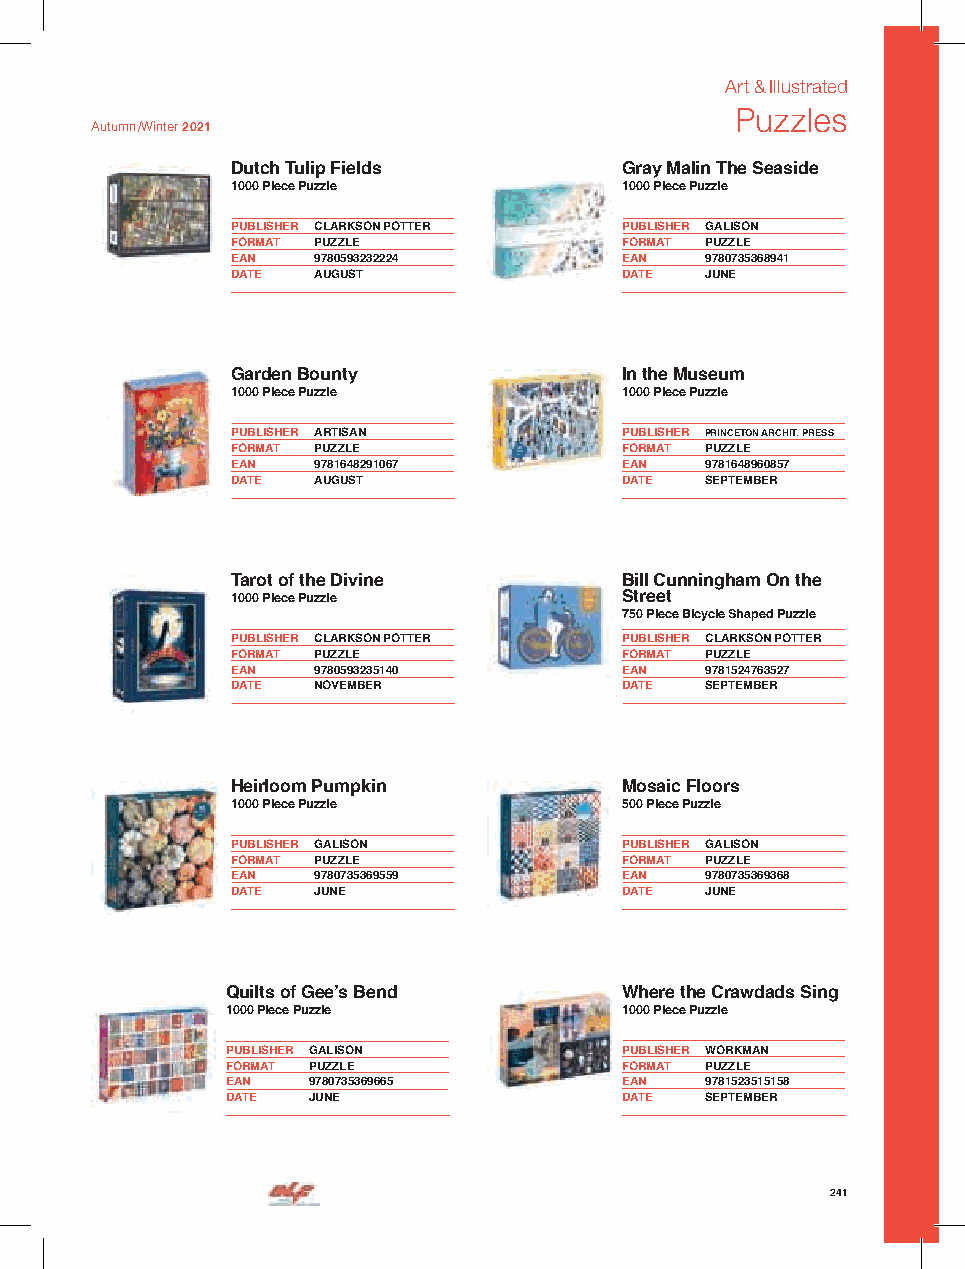
Art & Illustrated
 Puzzles
 Autumn /Winter 2021
 Dutch Tulip Fields        Gray Malin The Seaside
 1000 Piece Puzzle         1000 Piece Puzzle
 PUBLISHER CLARKSON POTTER PUBLISHER GALISON
 FORMAT PUZZLE             FORMAT PUZZLE
 EAN   9780593232224       EAN   9780735368941
 DATE  AUGUST              DATE  JUNE
 Garden Bounty             In the Museum
 1000 Piece Puzzle         1000 Piece Puzzle
 PUBLISHER ARTISAN         PUBLISHER PRINCETON ARCHIT. PRESS
 FORMAT PUZZLE             FORMAT PUZZLE
 EAN   9781648291067       EAN   9781648960857
 DATE  AUGUST              DATE  SEPTEMBER
 Tarot of the Divine       Bill Cunningham On the
 1000 Piece Puzzle         Street
 Page-a-Day Calendar       750 Piece Bicycle Shaped Puzzle
 PUBLISHER CLARKSON POTTER PUBLISHER CLARKSON POTTER
 FORMAT PUZZLE             FORMAT PUZZLE
 EAN   9780593235140       EAN   9781524763527
 DATE  NOVEMBER            DATE  SEPTEMBER
 Heirloom Pumpkin          Mosaic Floors
 1000 Piece Puzzle         500 Piece Puzzle
 PUBLISHER GALISON         PUBLISHER GALISON
 FORMAT PUZZLE             FORMAT PUZZLE
 EAN   9780735369559       EAN   9780735369368
 DATE  JUNE                DATE  JUNE
 Quilts of Gee’s Bend      Where the Crawdads Sing
 1000 Piece Puzzle         1000 Piece Puzzle
 PUBLISHER GALISON         PUBLISHER WORKMAN
 FORMAT PUZZLE             FORMAT PUZZLE
 EAN  9780735369665        EAN   9781523515158
 DATE JUNE                 DATE  SEPTEMBER
 241